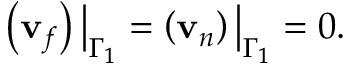
\left( \mathbf { v } _ { f } \right) \big | _ { \Gamma _ { 1 } } = \left( \mathbf { v } _ { n } \right) \big | _ { \Gamma _ { 1 } } = 0 .